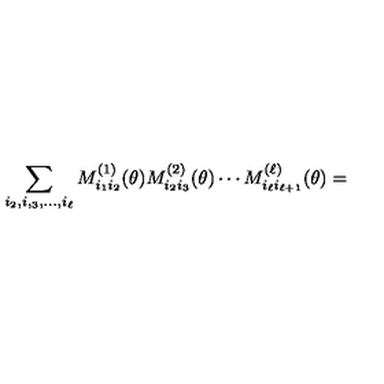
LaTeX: \sum _ { i _ { 2 } , i , _ { 3 } , \ldots , i _ { \ell } } M _ { i _ { 1 } i _ { 2 } } ^ { ( 1 ) } ( \theta ) M _ { i _ { 2 } i _ { 3 } } ^ { ( 2 ) } ( \theta ) \cdots M _ { i _ { \ell } i _ { \ell + 1 } } ^ { ( \ell ) } ( \theta ) =